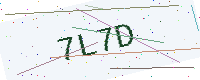
Text: 7L7D